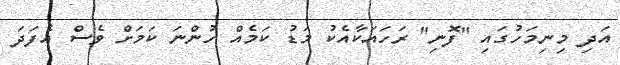
އަދި މިނިމަހުގައި "ފޮނި" ރަހައަކާއެކު މަޑު ކަމެއް ހުންނަ ކަމަށް ވެސް އެފަދަ